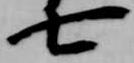
七